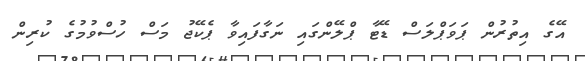
އޭގެ އިތުރުން ޕަވަޕްލަސް ޑޭޓާ ޕްލޭންގައި ނަގާފައިވާ ޕެކޭޖު މަސް ހުސްވުމުގެ ކުރިން